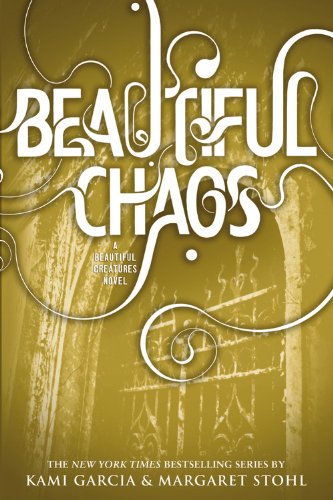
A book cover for Beautiful Chaos (Beautiful Creatures); Kami Garcia; Teen & Young Adult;